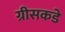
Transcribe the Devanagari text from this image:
ग्रीसकडे